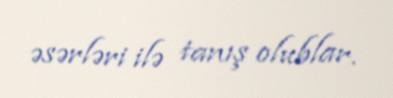
əsərləri ilə tanış olublar.